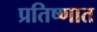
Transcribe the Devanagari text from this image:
प्रतिष्णात